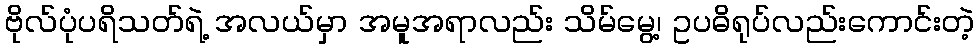
ဗိုလ်ပုံပရိသတ်ရဲ့ အလယ်မှာ အမူအရာလည်း သိမ်မွေ့၊ ဥပဓိရုပ်လည်းကောင်းတဲ့